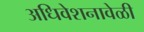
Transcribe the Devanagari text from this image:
अधिवेशनावेळी